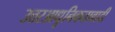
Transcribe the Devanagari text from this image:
उत्तरआधुनिकतावादी